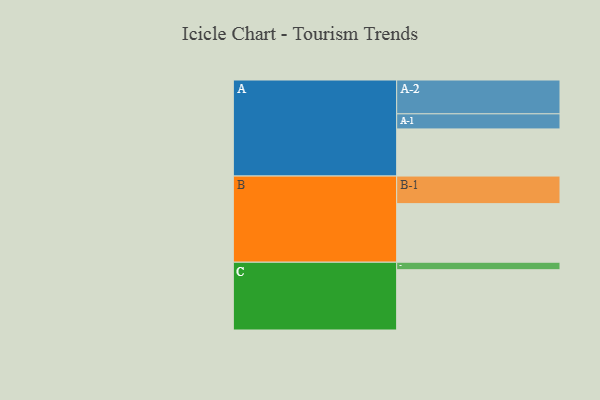
{"axis": {"x": "Segment", "y": "Value"}, "legend": ["", "A", "B", "C"], "data": [{"x": "A", "y": 415, "type": ""}, {"x": "B", "y": 516, "type": ""}, {"x": "C", "y": 531, "type": ""}, {"x": "A-1", "y": 133, "type": "A"}, {"x": "A-2", "y": 298, "type": "A"}, {"x": "B-1", "y": 243, "type": "B"}, {"x": "C-1", "y": 66, "type": "C"}]}